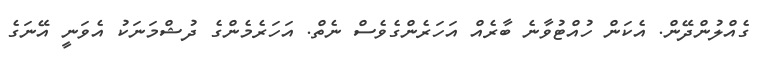
ގެއްލުންދޭން. އެކަން ހުއްޓުވާނެ ބާރެއް އަހަރެންގެވެސް ނެތް. އަހަރެމެންގެ ދުޝްމަނަކު އެވަނީ އޭނަގެ